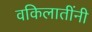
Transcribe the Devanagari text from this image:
वकिलातींनी